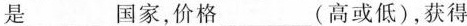
是___国家，价格___(高或低)，获得